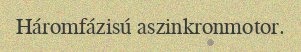
Háromfázisú aszinkronmotor.